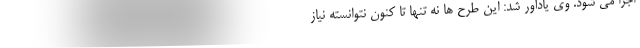
اجرا می شود. وی یادآور شد: این طرح ها نه تنها تا کنون نتوانسته نیاز